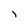
Character: i